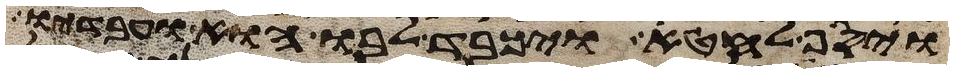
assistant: ויסף לחטא ויכבד לבו הוא ועבדיו